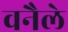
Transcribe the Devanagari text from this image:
वनैले